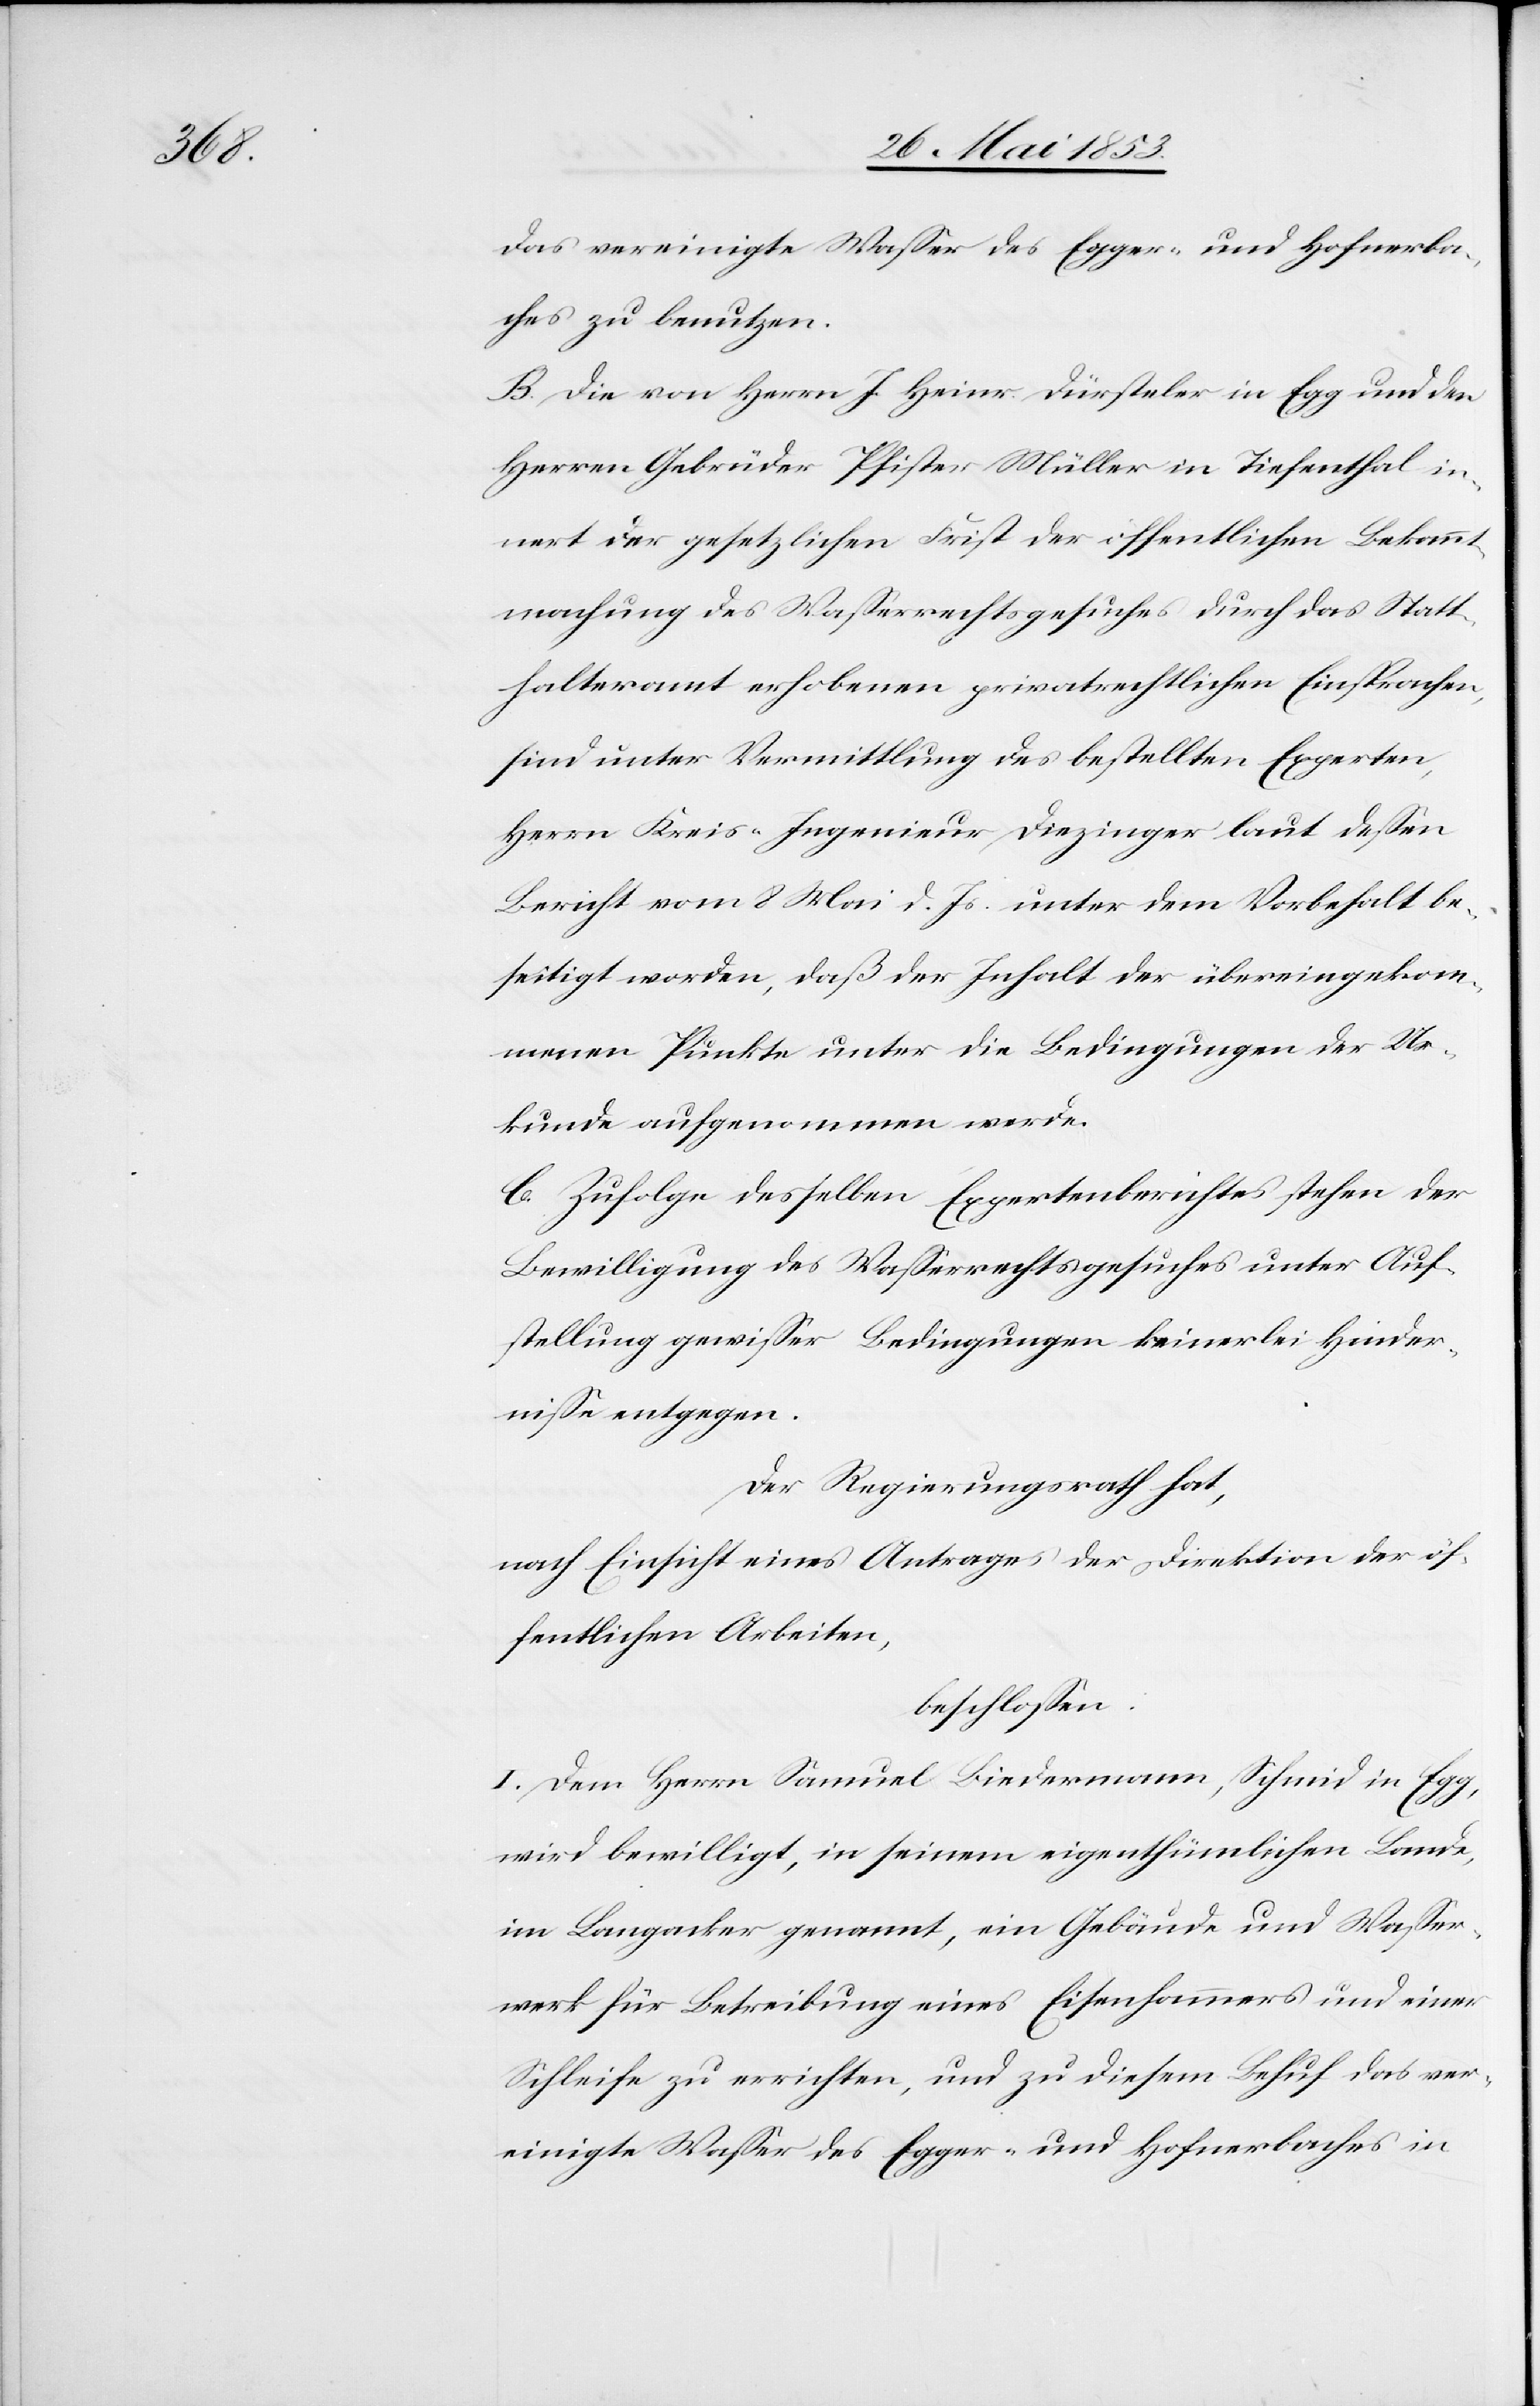
das vereinigte Waßer des Egger- und Hofnerba¬
ches zu benutzen.
B. Die von Herrn J. Heinr. Dürsteher in Egg und den
Herrn Gebrüder Pfister Müller in Fischenthal in¬
nert der gesetzlichen Frist der öffentlichen Bekannt¬
machung des Waßerrechtsgesuches durch das Statt¬
halteramt erhobenen privatrechtlichen Einsprachen,
sind unter Vermittlung des bestellten Experten,
Herrn Kreis-Ingenieur Diezinger laut deßen
Bericht vom 8 Mai d. Js. unter dem Vorbehalt be¬
seitigt worden, daß der Inhalt der übereingekom¬
menen Punkte unter die Bedingungen der Ur¬
kunde aufgenommen werde.
C. Zufolge desselben Expertenberichtes stehen der
Bewilligung des Waßerrechtsgesuches unter Auf¬
stellung gewißer Bedingungen keinerlei Hinder¬
niße entgegen.
Der Regierungsrath hat,
nach Einsicht eines Antrages der Direktion der öf¬
fentlichen Arbeiten,
beschloßen:
I. Dem Herrn Samuel Liedermann, Schmid in Egg,
wird bewilligt, in seinem eigenthümlichen Lande,
im Langacker genannt, ein Gebäude und Waßer¬
werk für Betreibung eines Eisenhammers und einer
Schleife zu errichten, und zu diesem Behuf das ver¬
einigte Waßer des Egger- und Hofnerbaches in